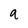
Character: q